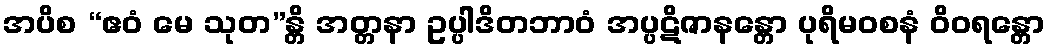
အပိစ “ဧဝံ မေ သုတ”န္တိ အတ္တနာ ဥပ္ပါဒိတဘာဝံ အပ္ပဋိဇာနန္တော ပုရိမဝစနံ ဝိဝရန္တော